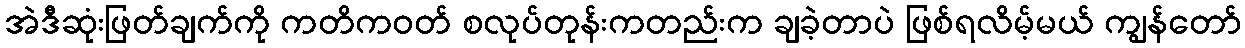
အဲဒီဆုံးဖြတ်ချက်ကို ကတိကဝတ် စလုပ်တုန်းကတည်းက ချခဲ့တာပဲ ဖြစ်ရလိမ့်မယ် ကျွန်တော်